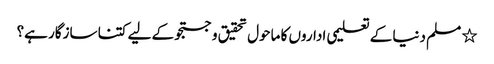
٭ مسلم دنیا کے تعلیمی اداروں کا ماحول تحقیق و جستجو کے لیے کتنا سازگار ہے؟